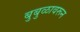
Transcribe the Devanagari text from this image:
बुबुळावरून